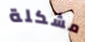
مشكلة